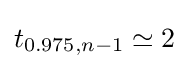
t_{0.975,n-1}\simeq 2